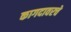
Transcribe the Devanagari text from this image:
कागदावरचे